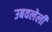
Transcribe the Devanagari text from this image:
उबवलेली